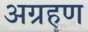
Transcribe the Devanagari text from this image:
अग्रहण